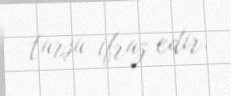
turşu ifraz edir.